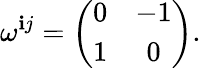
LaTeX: \omega^{\mathbf{i}j}=\left(\begin{array}{cc}{{0}}&{{-1}}\\ {{1}}&{{0}}\end{array}\right).